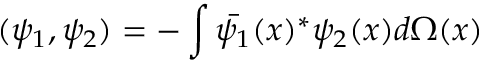
( \psi _ { 1 } , \psi _ { 2 } ) = - \int \bar { \psi _ { 1 } } ( x ) ^ { * } \psi _ { 2 } ( x ) d \Omega ( x )